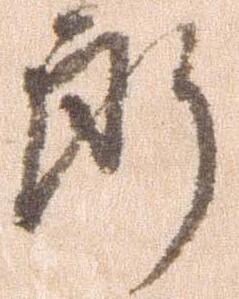
郎